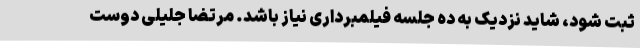
ثبت شود، شاید نزدیک به ده جلسه فیلمبرداری نیاز باشد. مرتضا جلیلی دوست